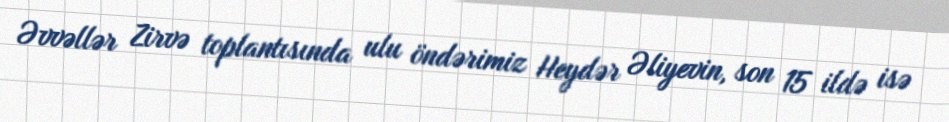
Əvvəllər Zirvə toplantısında ulu öndərimiz Heydər Əliyevin, son 15 ildə isə